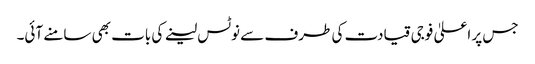
جس پر اعلیٰ فوجی قیادت کی طرف سے نوٹس لینے کی بات بھی سامنے آئی۔